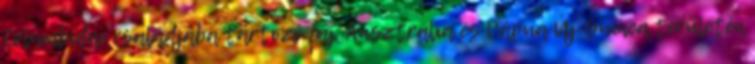
Columbidae családjába tartozó faj. Ausztrália és Pápua Új-Guinea területén